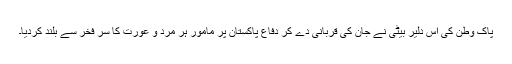
پاک وطن کی اس دلیر بیٹی نے جان کی قربانی دے کر دفاع پاکستان پر مامور ہر مرد و عورت کا سر فخر سے بلند کردیا۔